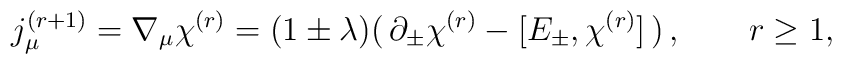
j_\mu^{(r+1)} = \nabla_\mu\chi^{(r)} =  (1\pm\lambda) (\, \partial_\pm \chi^{(r)} - [E_\pm, \chi^{(r)} ] \, ) \, , \qquad r\geq1 ,